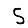
Digit: 5